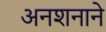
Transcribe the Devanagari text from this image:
अनशनाने